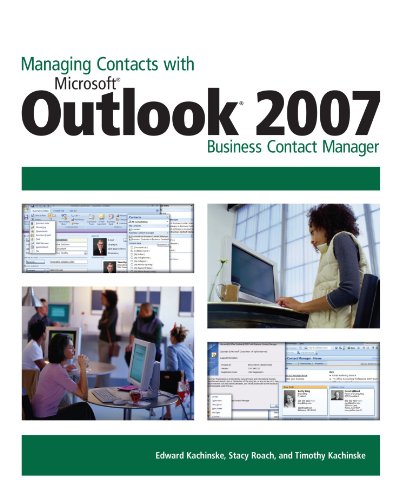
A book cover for Managing Contacts with Microsoft Outlook 2007: Business Contact Manager; Edward Kachinske; Computers & Technology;